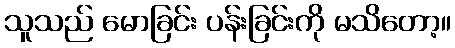
သူသည် မောခြင်း ပန်းခြင်းကို မသိတော့။